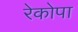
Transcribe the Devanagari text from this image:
रेकोपा